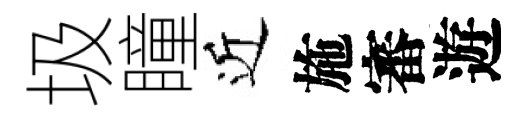
圾瞳近施審遊